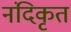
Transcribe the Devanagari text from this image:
नंदिकृत